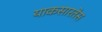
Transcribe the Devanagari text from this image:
याकसारतेस